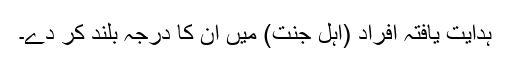
ہدایت یافتہ افراد (اہل جنت) میں ان کا درجہ بلند کر دے۔